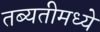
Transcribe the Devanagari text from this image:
तब्यतीमध्ये